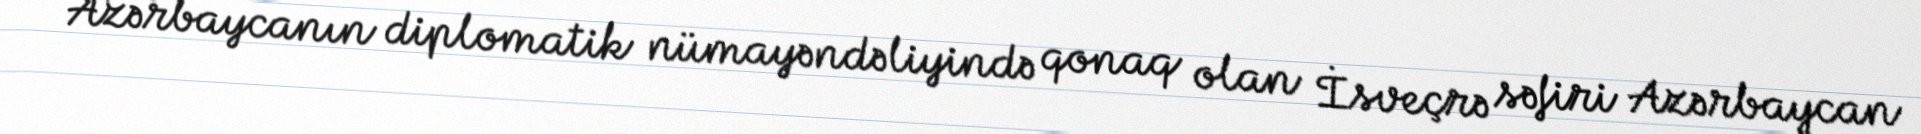
Azərbaycanın diplomatik nümayəndəliyində qonaq olan İsveçrə səfiri Azərbaycan